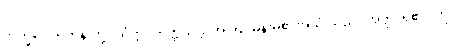
ဘိက္ခဝေ၊ ရဟန်းတို့။ ယံဣဒံဣတ္ထိသဒ္ဒံ၊ အကြင်မိန်းမ၏အသံ သည်။ အတ္ထိ၊ ရှိ၏။ ဣဒံ၊